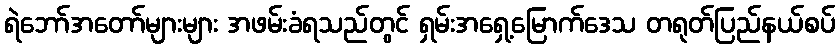
ရဲဘော်အတော်များများ အဖမ်းခံရသည်တွင် ရှမ်းအရှေ့မြောက်ဒေသ တရုတ်ပြည်နယ်စပ်